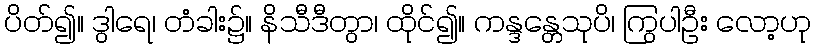
ပိတ်၍။ ဒွါရေ၊ တံခါး၌။ နိသီဒီတွာ၊ ထိုင်၍။ ကန္ဒန္တေသုပိ၊ ကြွပါဦး လော့ဟု